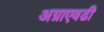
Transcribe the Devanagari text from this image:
अग्राएवढी